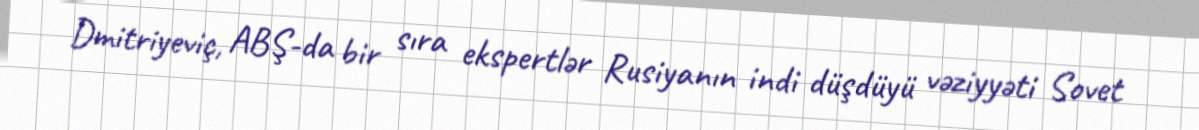
Dmitriyeviç, ABŞ-da bir sıra ekspertlər Rusiyanın indi düşdüyü vəziyyəti Sovet